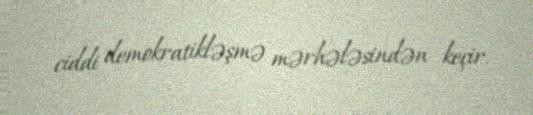
ciddi demokratikləşmə mərhələsindən keçir.